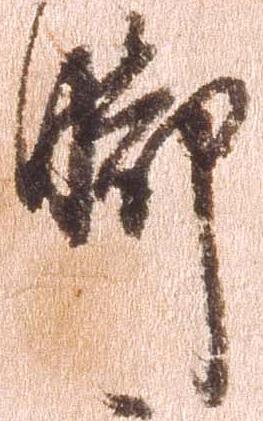
脚